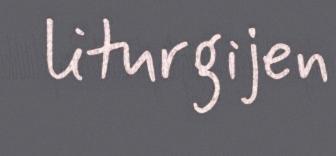
liturgijen